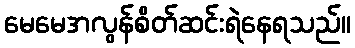
မေမေအလွန်စိတ်ဆင်းရဲနေရသည်။